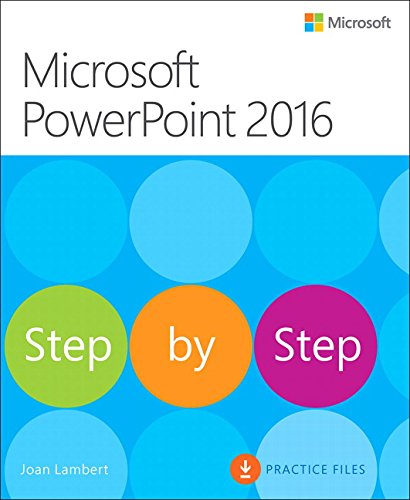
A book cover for Microsoft PowerPoint 2016 Step by Step; Joan Lambert; Computers & Technology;